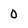
Character: 0